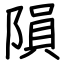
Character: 隕